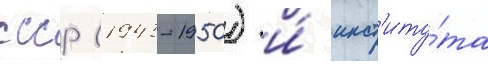
ссср (1943-1950) и́ инст'иту́та